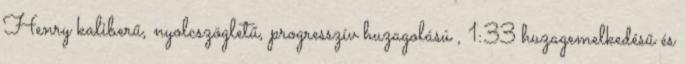
Henry kaliberű, nyolcszögletű, progresszív huzagolású , 1:33 huzagemelkedésű és